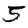
Digit: 5